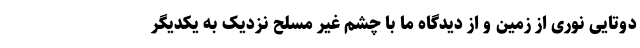
دوتایی نوری از زمین و از دیدگاه ما با چشم غیر مسلح نزدیک به یکدیگر